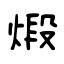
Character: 煅